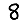
Digit: 8